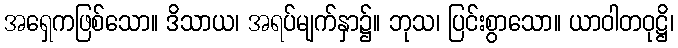
အရှေကဖြစ်သော။ ဒိသာယ၊ အရပ်မျက်နှာ၌။ ဘုသ၊ ပြင်းစွာသော။ ယာဝါတဝုဋ္ဌိ၊